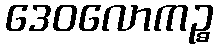
ဒေဝလောကဉ္စ